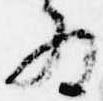
為